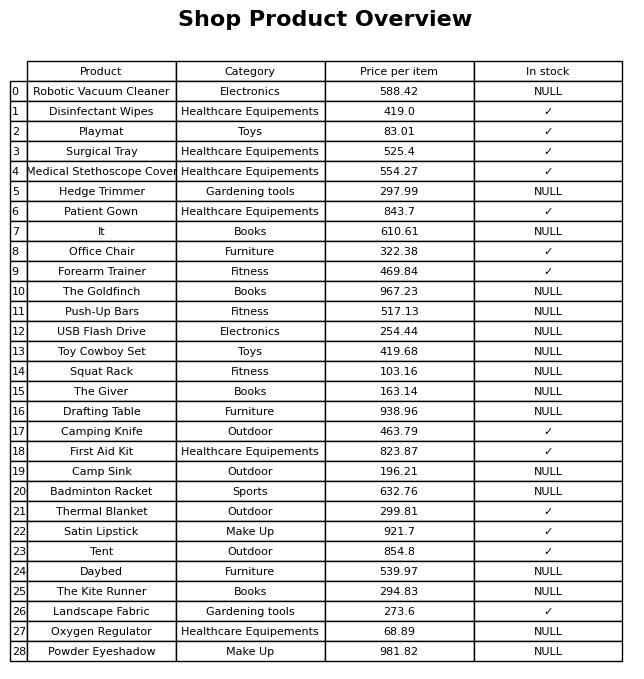
question: What is the price for Drafting Table?
answer: The price of Drafting Table is 938.96.